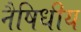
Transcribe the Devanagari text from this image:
नैषिधीय